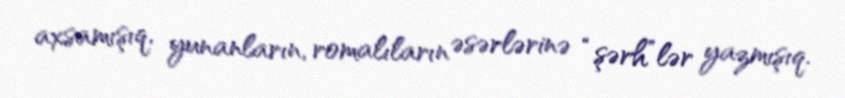
axsamışıq, yunanların, romalıların əsərlərinə “şərh”lər yazmışıq.